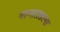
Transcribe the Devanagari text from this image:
भागाततल्या